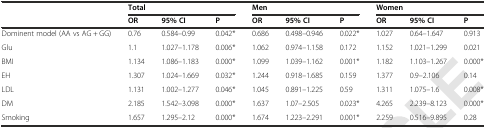
<table><thead><tr><td></td><td colspan="3"><b>Total</b></td><td colspan="3"><b>Men</b></td><td colspan="3"><b>Women</b></td></tr><tr><td></td><td><b>OR</b></td><td><b>95% CI</b></td><td><b>P</b></td><td><b>OR</b></td><td><b>95% CI</b></td><td><b>P</b></td><td><b>OR</b></td><td><b>95% CI</b></td><td><b>P</b></td></tr></thead><tbody><tr><td>Dominent model (AA vs AG + GG)</td><td>0.76</td><td>0.584–0.99</td><td>0.042*</td><td>0.686</td><td>0.498–0.946</td><td>0.022*</td><td>1.027</td><td>0.64–1.647</td><td>0.913</td></tr><tr><td>Glu</td><td>1.1</td><td>1.027–1.178</td><td>0.006*</td><td>1.062</td><td>0.974–1.158</td><td>0.172</td><td>1.152</td><td>1.021–1.299</td><td>0.021</td></tr><tr><td>BMI</td><td>1.134</td><td>1.086–1.183</td><td>0.000*</td><td>1.099</td><td>1.039–1.162</td><td>0.001*</td><td>1.182</td><td>1.103–1.267</td><td>0.000*</td></tr><tr><td>EH</td><td>1.307</td><td>1.024–1.669</td><td>0.032*</td><td>1.244</td><td>0.918–1.685</td><td>0.159</td><td>1.377</td><td>0.9–2.106</td><td>0.14</td></tr><tr><td>LDL</td><td>1.131</td><td>1.002–1.277</td><td>0.046*</td><td>1.045</td><td>0.891–1.225</td><td>0.59</td><td>1.311</td><td>1.075–1.6</td><td>0.008*</td></tr><tr><td>DM</td><td>2.185</td><td>1.542–3.098</td><td>0.000*</td><td>1.637</td><td>1.07–2.505</td><td>0.023*</td><td>4.265</td><td>2.239–8.123</td><td>0.000*</td></tr><tr><td>Smoking</td><td>1.657</td><td>1.295–2.12</td><td>0.000*</td><td>1.674</td><td>1.223–2.291</td><td>0.001*</td><td>2.259</td><td>0.516–9.895</td><td>0.28</td></tr></tbody></table>